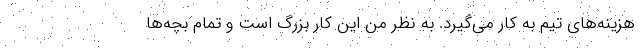
هزینه‌های تیم به کار می‌گیرد. به نظر من این کار بزرگ است و تمام بچه‌ها